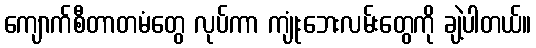
ကျောက်စီတာတမံတွေ လုပ်ကာ ကျုံးဘေးလမ်းတွေကို ချဲ့ပါတယ်။